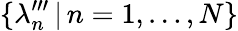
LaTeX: \{ \lambda_{n}^{\prime\prime\prime}\, |\, n=1,\ldots,N\}